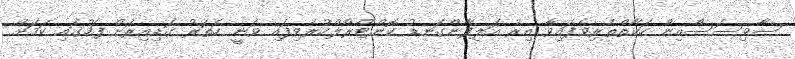
ސާވިސަސްއިން ހަަކާތްތެރިވެފައިވާ އިރު އަލިފާންގަނޑު ކޮންޓްރޯލްކުރެވިފައި ވަނީ ހަތަރު ގަޑިއިރަށް ފަހުގައި ކަމަށް